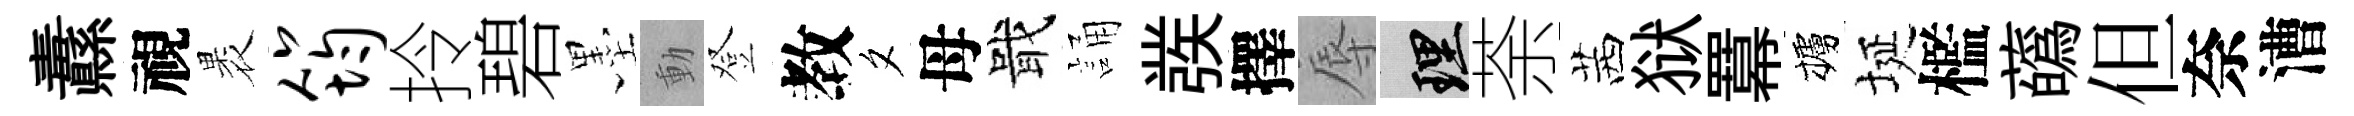
纛視褁筠拎碧墨動登教夕母戢誦彂擇辱理荼茜狱羃櫨埏檻蘤但奈漕